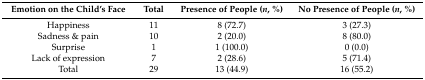
<table><thead><tr><td><b>Emotion on the Child’s Face</b></td><td><b>Total</b></td><td><b>Presence of People (<i>n</i>, %)</b></td><td><b>No Presence of People (<i>n</i>, %)</b></td></tr></thead><tbody><tr><td>Happiness</td><td>11</td><td>8 (72.7)</td><td>3 (27.3)</td></tr><tr><td>Sadness &amp; pain</td><td>10</td><td>2 (20.0)</td><td>8 (80.0)</td></tr><tr><td>Surprise</td><td>1</td><td>1 (100.0)</td><td>0 (0.0)</td></tr><tr><td>Lack of expression</td><td>7</td><td>2 (28.6)</td><td>5 (71.4)</td></tr><tr><td>Total</td><td>29</td><td>13 (44.9)</td><td>16 (55.2)</td></tr></tbody></table>